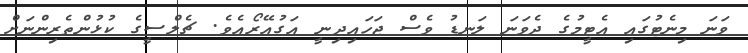
ވަނަ މިނެޓުގައި އެޓީމުގެ ދެވަނަ ލަނޑު ވެސް ޖަހައިދިނީ އަގުއޭރޯއެވެ. ޗެލްސީގެ ކުޅުންތެރިންނަށް